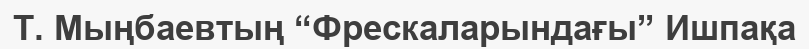
Т. Мыңбаевтың “Фрескаларындағы” Ишпақа